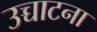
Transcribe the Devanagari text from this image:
उच्चाटना